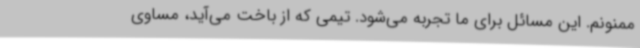
ممنونم. این مسائل برای ما تجربه می‌شود. تیمی که از باخت می‌آید، مساوی